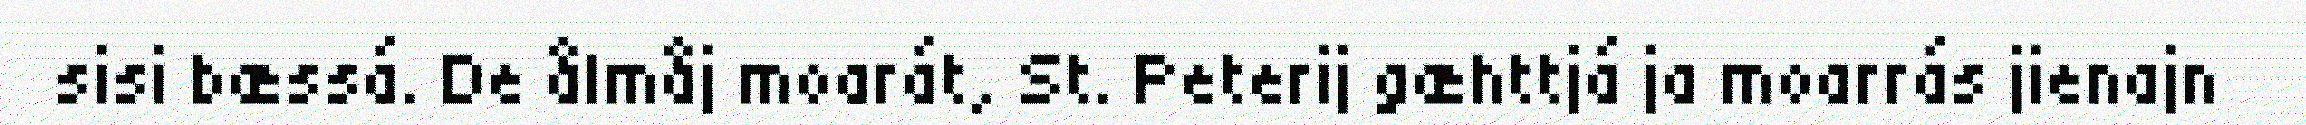
sisi bæssá. De ålmåj moarát, St. Peterij gæhttjá ja moarrás jienajn